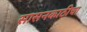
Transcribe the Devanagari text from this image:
सासनकाठीचा